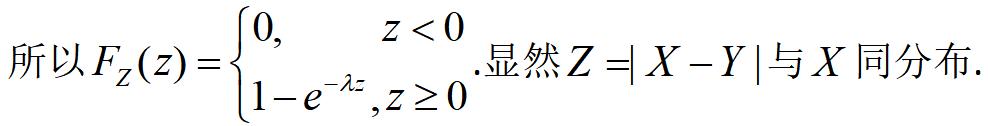
所以$F_Z(z)=\begin{cases}0, & z<0 \\ 1 - e^{-\lambda z}, & z\geq0\end{cases}$.显然$Z = |X - Y|$与$X$同分布.